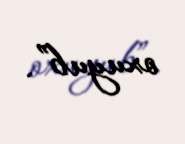
oxuyub”.